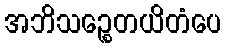
အဘိသဉ္စေတယိတံပေ